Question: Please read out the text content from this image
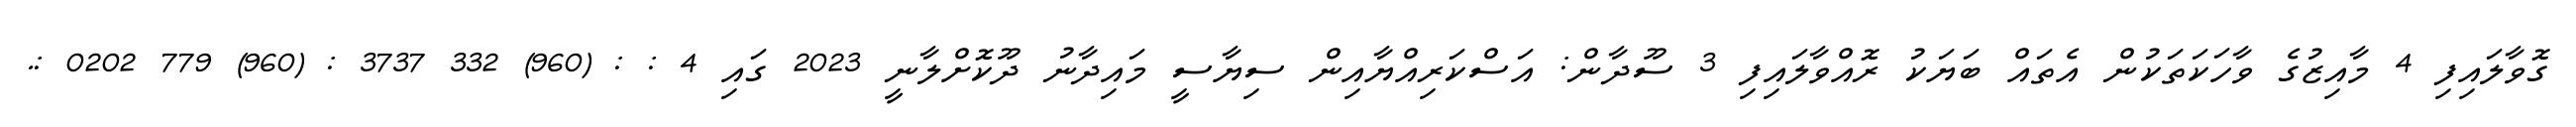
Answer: ގޮވާލައިފި 4 މާއިޒުގެ ވާހަކަތަކުން އެތައް ބަޔަކު ރޮއްވާލައިފި 3 ސޫދާން: އަސްކަރިއްޔާއިން ސިޔާސީ މައިދާނު ދޫކޮށްލާނީ 2023 ގައި 4 : : (960) 332 3737 : (960) 779 0202 :.